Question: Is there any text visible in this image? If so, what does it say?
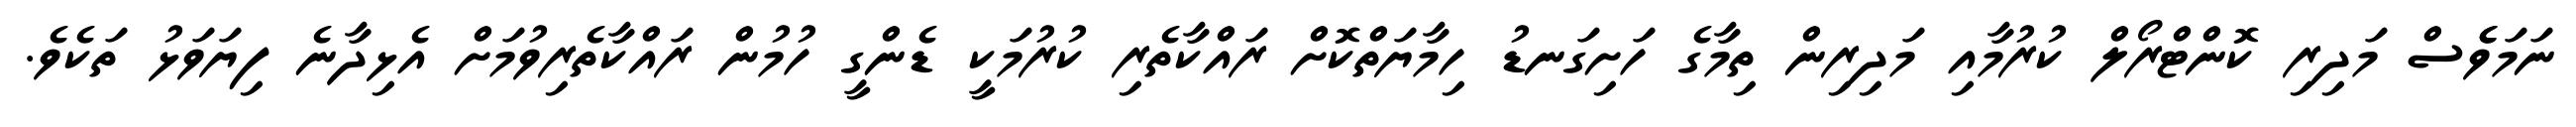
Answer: ނަމަވެެސް މަދިރި ކޮންޓްރޯލް ކުރުމާއި މަދިރިން ތިމާގެ ހަށިގަނޑު ހިމާޔަތްކޮށް ރައްކާތެރި ކުރުމަކީ ޑެންގީ ހުމުން ރައްކާތެރިވުމަށް އެޅިދާނެ ފިޔަވަޅު ތަކެވެ.